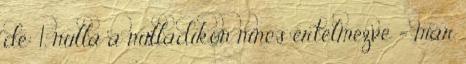
de: 1. nulla a nulladikon nincs értelmezve = már